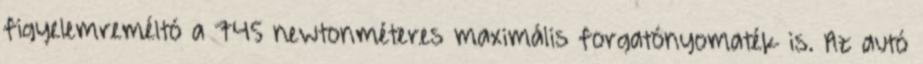
figyelemreméltó a 745 newtonméteres maximális forgatónyomaték is. Az autó